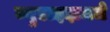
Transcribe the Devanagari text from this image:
ज्युडाइझमचे